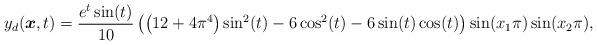
LaTeX: \begin{align*} y_d(\boldsymbol{x},t) = \frac{e^t \sin (t)}{10} \left(\left(12+4 \pi ^4\right) \sin ^2(t)-6 \cos ^2(t)-6 \sin (t) \cos (t)\right) \sin (x_1 \pi) \sin (x_2 \pi),\end{align*}